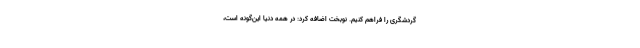
گردشگری را فراهم کنیم. نوبخت اضافه کرد: در همه دنیا این‌گونه است،